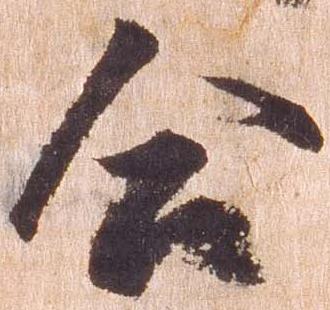
合